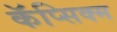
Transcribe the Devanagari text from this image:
कॅप्सिक्म